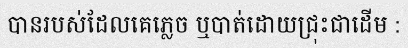
បានរបស់ដែលគេភ្លេច ឬបាត់ដោយជ្រុះជាដើម :